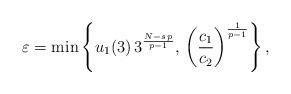
LaTeX: \begin{align*}\varepsilon=\min\left\{u_1(3)\,3^\frac{N-s\,p}{p-1},\, \left(\frac{c_1}{c_2}\right)^\frac{1}{p-1}\right\},\end{align*}